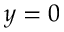
y = 0